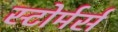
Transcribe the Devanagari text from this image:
स्टोर्मर्स